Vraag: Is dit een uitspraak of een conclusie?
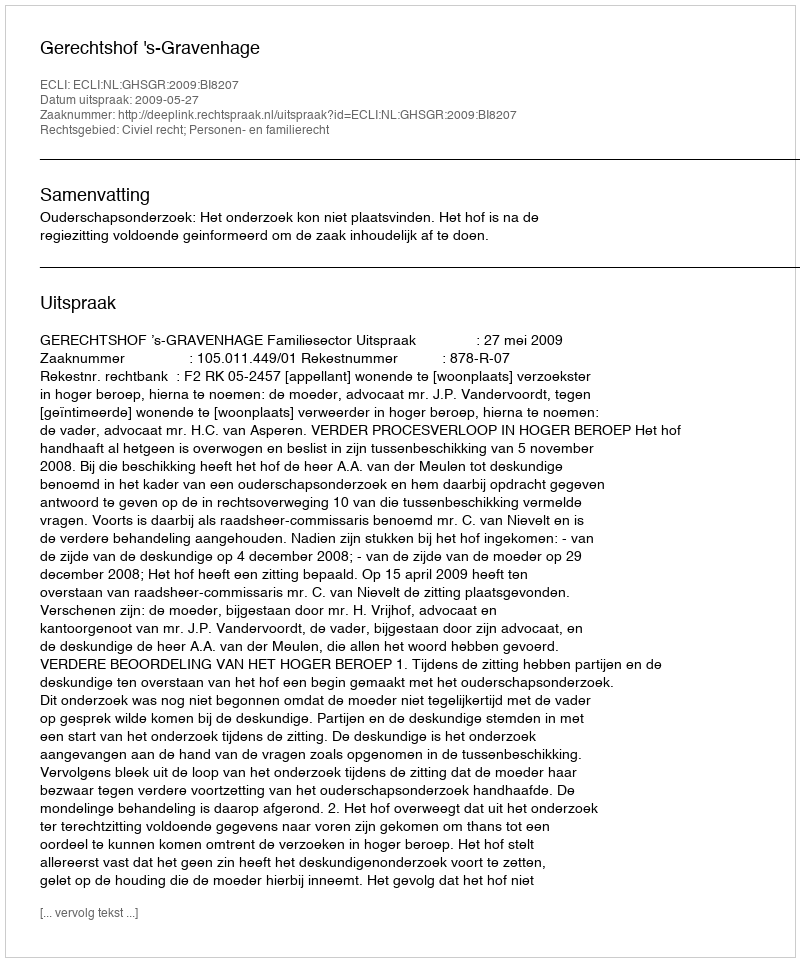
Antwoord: Uitspraak